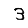
Digit: 3